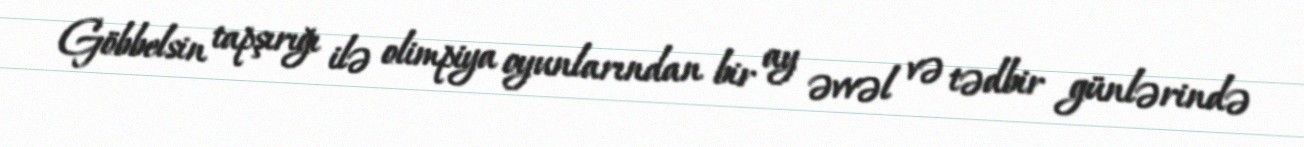
Göbbelsin tapşırığı ilə olimpiya oyunlarından bir ay əvvəl və tədbir günlərində